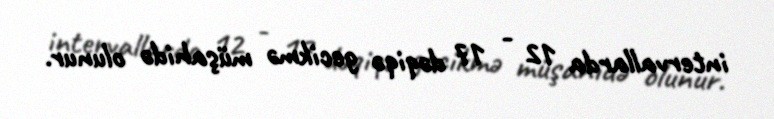
intervallarda 12 - 17 dəqiqə gecikmə müşahidə olunur.